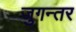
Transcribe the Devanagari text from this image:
जुगन्तर